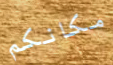
مكانكم